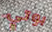
بوتي